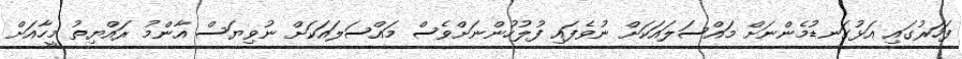
ފަހަރުގައި އަޅުގަނޑުމެންނަށް މައްސަލައަކަށް ނުވެފައި ފުލުހުންނަށްވެސް މައްސަލައަކަށް ނުވިޔަސް އާންމު ރައްޔިތު މީހާއަށް